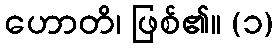
ဟောတိ၊ ဖြစ်၏။ (၁)